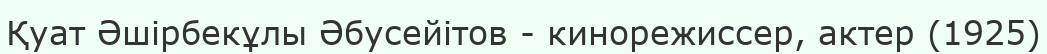
Қуат Әшірбекұлы Әбусейітов - кинорежиссер, актер (1925)